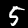
Label: 5